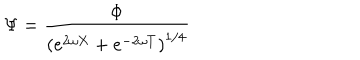
LaTeX: \Psi = \frac { \Phi } { \left( e ^ { 2 \omega X } + e ^ { - 2 \omega T } \right) ^ { 1 / 4 } }